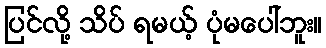
ပြင်လို့ သိပ် ရမယ့် ပုံမပေါ်ဘူး။